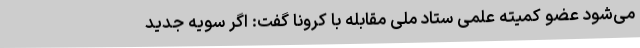
می‌شود عضو کمیته علمی ستاد ملی مقابله با کرونا گفت: اگر سویه جدید